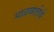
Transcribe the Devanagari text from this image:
माळवातीर्थ